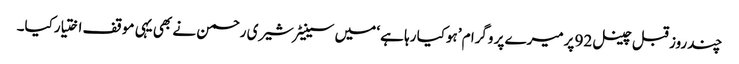
چند روز قبل چینل 92 پرمیرے پر وگرا م ’ہوکیا رہا ہے ‘ میں سینیٹرشیری رحمن نے بھی یہی موقف اختیارکیا۔